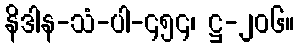
နိဒါန-သံ-ပါ-၄၅၄၊ ဋ္ဌ-၂၀၆။